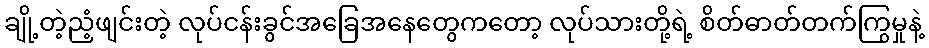
ချို့တဲ့ညံ့ဖျင်းတဲ့ လုပ်ငန်းခွင်အခြေအနေတွေကတော့ လုပ်သားတို့ရဲ့ စိတ်ဓာတ်တက်ကြွမှုနဲ့